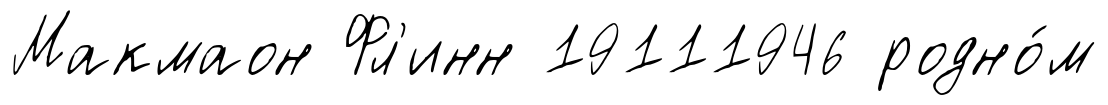
Макмаон Фл'инн 19111946 родно́м